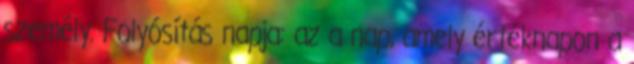
személy. Folyósítás napja: az a nap, amely értéknapon a